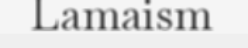
Lamaism